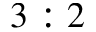
3 : 2